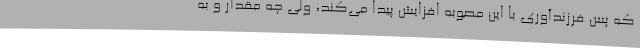
که پس فرزندآوری با این مصوبه افزایش پیدا می‌کند، ولی چه مقدار و به